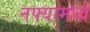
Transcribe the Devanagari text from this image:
नफ्यामध्ये